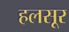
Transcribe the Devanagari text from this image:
हलसूर